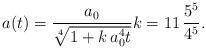
LaTeX: \begin{align*}a(t)=\frac{a_0}{\sqrt[4]{1+k\,a_0^4t}} k=11\,\frac{5^5}{4^5}.\end{align*}